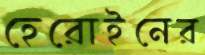
হেরোইনের